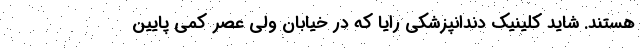
هستند. شاید کلینیک دندانپزشکی رایا که در خیابان ولی عصر کمی پایین